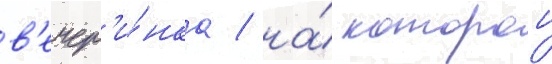
в'ечер'и́нка / на́ которои